Scottish Certificate of Education, 1962
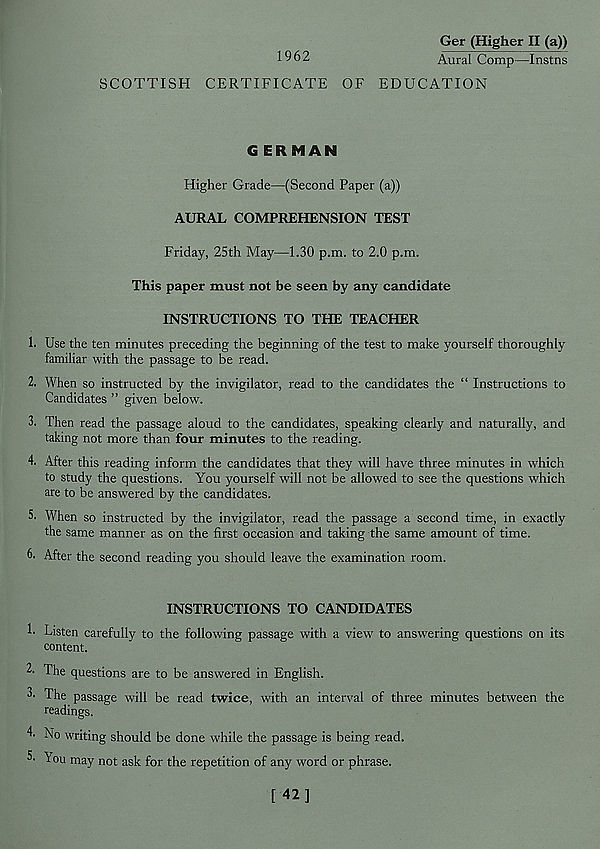
SCOTTISH
1962
CERTIFICATE OF
Ger (Higher II (a))
Aural Comp—Instns
EDUCATION
G ERMAM
Higher Grade—(Second Paper (a))
AURAL COMPREHENSION TEST
Friday, 25th May—1.30 p.m. to 2.0 p.m.
This paper must not be seen by any candidate
INSTRUCTIONS TO THE TEACHER
1. Use the ten minutes preceding the beginning of the test to make yourself thoroughly
familiar with the passage to be read.
2. When so instructed by the invigilator, read to the candidates the “ Instructions to
Candidates ” given below 7 .
3. Then read the passage aloud to the candidates, speaking clearly and naturally, and
taking not more than four minutes to the reading.
4. After this reading inform the candidates that they will have three minutes in which
to study the questions. You yourself will not be allowed to see the questions which
are to be answered by the candidates.
5. When so instructed by the invigilator, read the passage a second time, in exactly
the same manner as on the first occasion and taking the same amount of time.
6. After the second reading you should leave the examination room.
INSTRUCTIONS TO CANDIDATES
h Listen carefully to the following passage with a view 7 to answering questions on its
content.
L The questions are to be answered in English.
3- The passage will be read twice, with an interval of three minutes between the
readings.
4. No writing should be done while the passage is being read.
5- You may not ask for the repetition of any word or phrase.
[42]